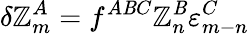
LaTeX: \delta{\cal\mathbb{Z}}_{m}^{A}=f^{A\mathit{B}C}{\cal\mathbb{Z}}_{n}^{\mathit{B}}\varepsilon_{m-n}^{C}